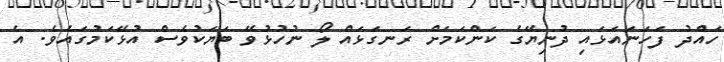
ހައްދު ފަހަނައަޅައި ދުނިޔޭގެ ކަންކަމަށް ރަނގަޅައް ލޯ ނުހުޅުވޭ ބަޔަކުވެސް އުޅޭކަމުގައެވެ. އެ